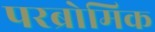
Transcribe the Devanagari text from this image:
परब्रोमिक